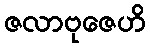
ဇလာဗုဇေဟိ